Lunatic asylums Central Provinces reports 1895-1909 - 1895-1909
Year: 1895
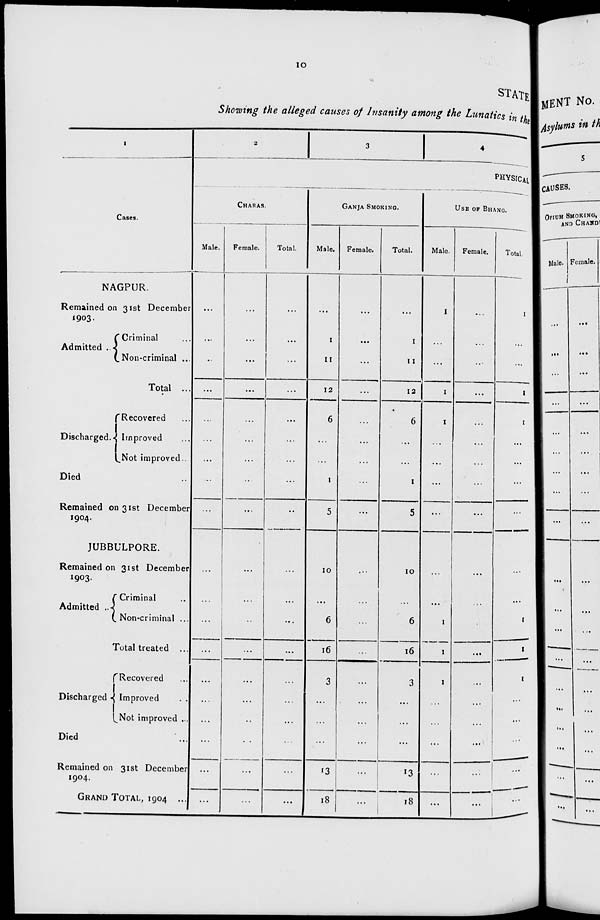
10
STATE
Showing the alleged causes of Insanity among the Lunatics in the
1
Cases.
NAGPUR.
Remained on 31st December
1903.
Admitted .
Criminal ...
Non-criminal ...
Total ...
Discharged.
Recovered ...
Improved ...
Not improved ...
Died ...
Remained on 31st December
1904.
JUBBULPORE.
Remained on 31st December
1903.
Admitted
Criminal ...
Non-criminal ...
Total treated ...
Discharged ...
Recovered ...
Improved
...
Not improved ...
Died ...
Remained on 31st December
1904.
GRAND TOTAL, 1904
...
2
3
4
PHYSICAL
CHARAS.
Male.
...
...
...
...
...
...
...
...
...
...
...
...
...
...
...
...
...
...
...
Female.
...
...
...
...
...
...
...
...
...
...
...
...
...
...
...
...
...
...
...
Total.
...
...
...
...
...
...
...
...
...
...
...
...
...
...
...
...
...
...
...
GANJA SMOKING.
Male.
...
1
11
12
6
...
...
1
5
10
...
6
16
3
...
...
...
13
18
Female.
...
...
...
...
...
...
...
...
...
...
...
...
...
...
...
...
...
...
...
Total.
...
1
11
12
6
...
...
1
5
10
...
6
16
3
...
...
...
13
18
USE OF BHANG.
Male.
1
...
...
1
1
...
...
...
...
...
...
1
1
1
...
...
...
...
...
Female.
...
...
...
...
...
...
...
...
...
...
...
...
...
...
...
...
...
...
...
Total.
1
...
...
1
1
...
...
...
...
...
...
1
1
1
...
...
...
...
...